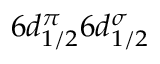
6 d _ { 1 / 2 } ^ { \pi } 6 d _ { 1 / 2 } ^ { \sigma }